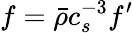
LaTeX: f=\bar{\rho}c_{s}^{-3}f^{\prime}